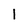
Character: 1